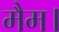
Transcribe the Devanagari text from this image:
मैम।